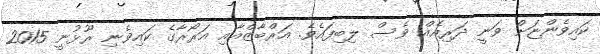
ކައިވެންޏަށް ވަނީ ދަރިއެއް ވެސް ލިބިފައެވެ. އަރްބާޒްއާއި އަރޯރާގެ ކައިވެނި ރޫޅުނީ 2015